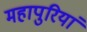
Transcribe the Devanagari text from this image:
महापुरियां